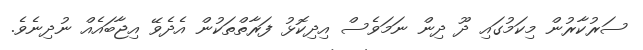
ސަރުކާރުން މިކަމުގައި ދޫ ދިން ނަމަވެސް އިދިކޮޅު ފަރާތްތަކުން އެދެވޭ އިޖާބައެއް ނުދިނެވެ.